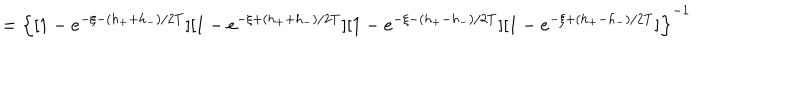
LaTeX: = \left\{ [ 1 - e ^ { - \xi - ( h _ { + } + h _ { - } ) / 2 T } ] [ 1 - e ^ { - \xi + ( h _ { + } + h _ { - } ) / 2 T } ] [ 1 - e ^ { - \xi - ( h _ { + } - h _ { - } ) / 2 T } ] [ 1 - e ^ { - \xi + ( h _ { + } - h _ { - } ) / 2 T } ] \right\} ^ { - 1 }